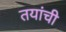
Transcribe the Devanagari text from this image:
तयांची